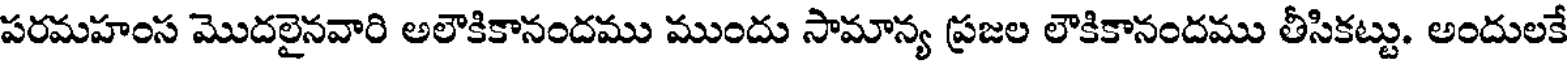
పరమహంస మొదలైనవారి అలౌకికానందము ముందు సామాన్య ప్రజల లౌకికానందము తీసికట్టు. అందులకే